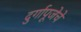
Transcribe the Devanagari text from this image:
दुर्गापूजेचे